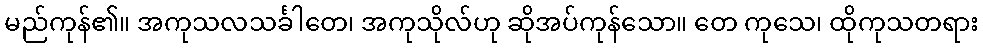
မည်ကုန်၏။ အကုသလသင်္ခါတေ၊ အကုသိုလ်ဟု ဆိုအပ်ကုန်သော။ တေ ကုသေ၊ ထိုကုသတရား